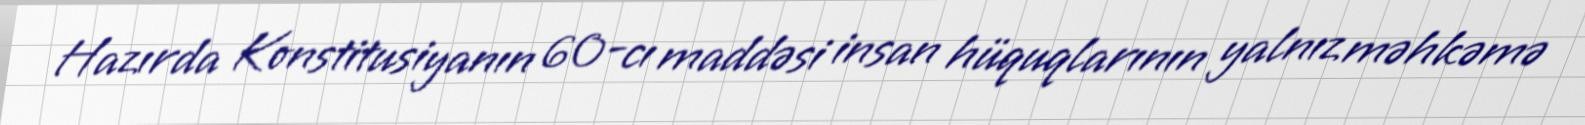
Hazırda Konstitusiyanın 60-cı maddəsi insan hüquqlarının yalnız məhkəmə